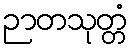
ဉာတသုတ္တံ